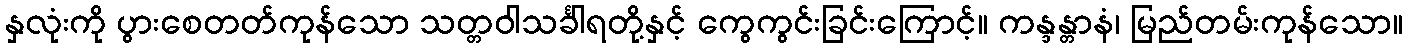
နှလုံးကို ပွားစေတတ်ကုန်သော သတ္တဝါသင်္ခါရတို့နှင့် ကွေကွင်းခြင်းကြောင့်။ ကန္ဒန္တာနံ၊ မြည်တမ်းကုန်သော။